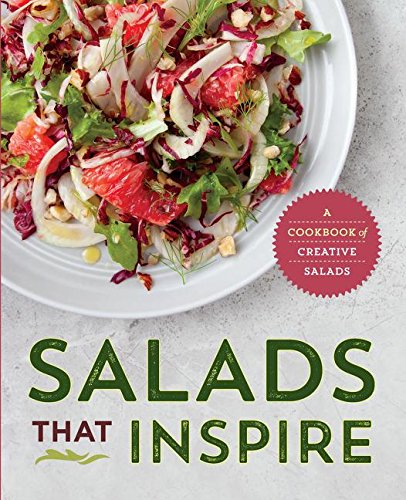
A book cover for Salads That Inspire: A Cookbook of Creative Salads; Rockridge Press; Cookbooks, Food & Wine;